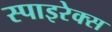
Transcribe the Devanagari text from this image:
स्पाइरेक्स